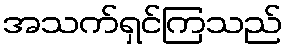
အသက်ရှင်ကြသည်